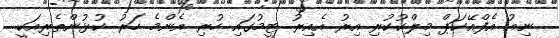
ނިއު އެފްއޭކަޕް މިލްކުކުރި އިރު އެއިރު ޓީމުގައި ހުރި އެންމެ ހަރު ކުޅުންތެރިއަކީ